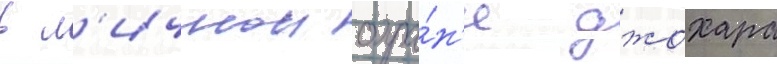
в л'ичнои охра́н'е джохара